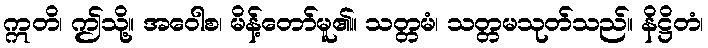
ဣတိ၊ ဤသို့။ အဝေါစ၊ မိန့်တော်မူ၏။ သတ္တမံ၊ သတ္တမသုတ်သည်။ နိဋ္ဌိတံ၊